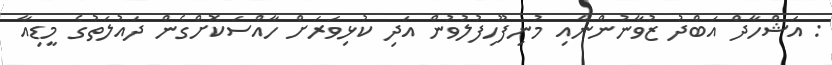
: އަޝްހާދް އަބްދު ޒުވާނުންނާއި މުނިފޫހިފުލުވުން އަދި ކުޅިވަރަށް ހާއްސަކޮށްގެން ދައުލަތުގެ މީޑިއާ